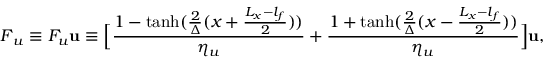
\boldsymbol { F } _ { u } \equiv F _ { u } \mathbf { u } \equiv \Big [ \frac { 1 - \operatorname { t a n h } ( \frac { 2 } { \Delta } ( x + \frac { L _ { x } - l _ { f } } { 2 } ) ) } { \eta _ { u } } + \frac { 1 + \operatorname { t a n h } ( \frac { 2 } { \Delta } ( x - \frac { L _ { x } - l _ { f } } { 2 } ) ) } { \eta _ { u } } \Big ] \mathbf { u } ,